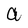
Character: a